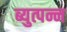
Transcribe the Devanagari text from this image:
ब्युत्पन्न